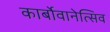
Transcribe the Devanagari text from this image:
कार्बोवानेत्सिव